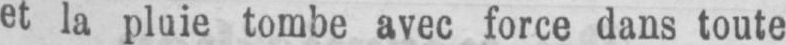
et la pluie tombe avec force dans toute